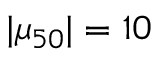
| \mu _ { 5 0 } | = 1 0